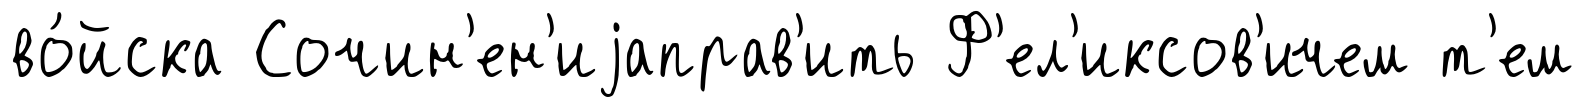
во́йска Сочин'ен'иjаправ'ить Ф'ел'иксов'ичем т'ем